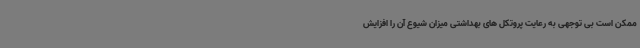
ممکن است بی توجهی به رعایت پروتکل های بهداشتی میزان شیوع آن را افزایش